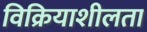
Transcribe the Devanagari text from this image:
विक्रियाशीलता